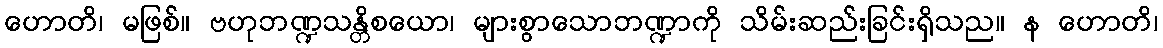
ဟောတိ၊ မဖြစ်။ ဗဟုဘဏ္ဍသန္တိစယော၊ များစွာသောဘဏ္ဍာကို သိမ်းဆည်းခြင်းရှိသည။ န ဟောတိ၊